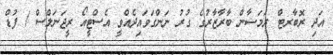
އަދި ރޮބާރޓް ރަމަޟާން ބާރާޒާރުގެ ގުރު ނަންގަވައިދެއްވީ އެސްޓީއޯ ރީޖަނަލްސް / ފުޑް